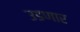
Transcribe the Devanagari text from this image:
उडणार